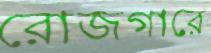
রোজগারে